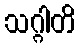
သဂ္ဂါတိ